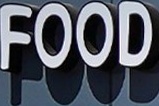
FOOD